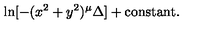
\ln [ - ( x ^ { 2 } + y ^ { 2 } ) ^ { \mu } \Delta ] + \mathrm { c o n s t a n t } .